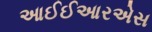
આઈઈઆરએસ